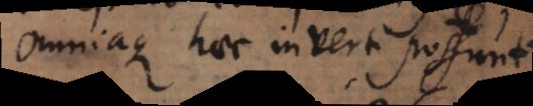
Omniaque haec inverti possunt